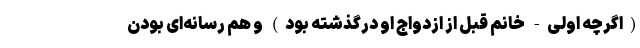
(اگرچه اولی- خانم قبل از ازدواج او درگذشته بود) و هم رسانه‌ای بودن